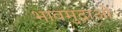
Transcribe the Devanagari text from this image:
भावमुद्राओं